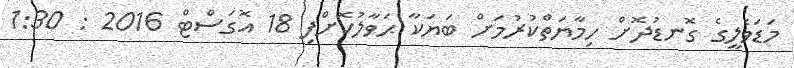
މަޑަވެލީގެ ގޮނޑުދޮށް ހިމާޔަތްކުރުމަށް ބަޔަކާ ޙަވާލުކޮށްފި 18 އޮގަސްޓް 2016 : 1:30